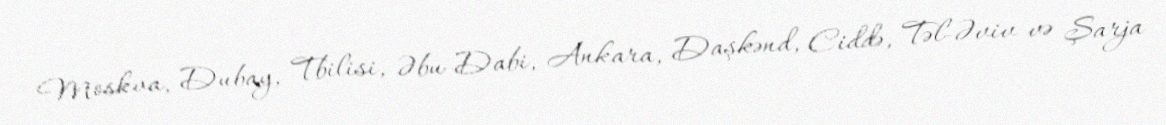
Moskva, Dubay, Tbilisi, Əbu-Dabi, Ankara, Daşkənd, Ciddə, Təl-Əviv və Şarja